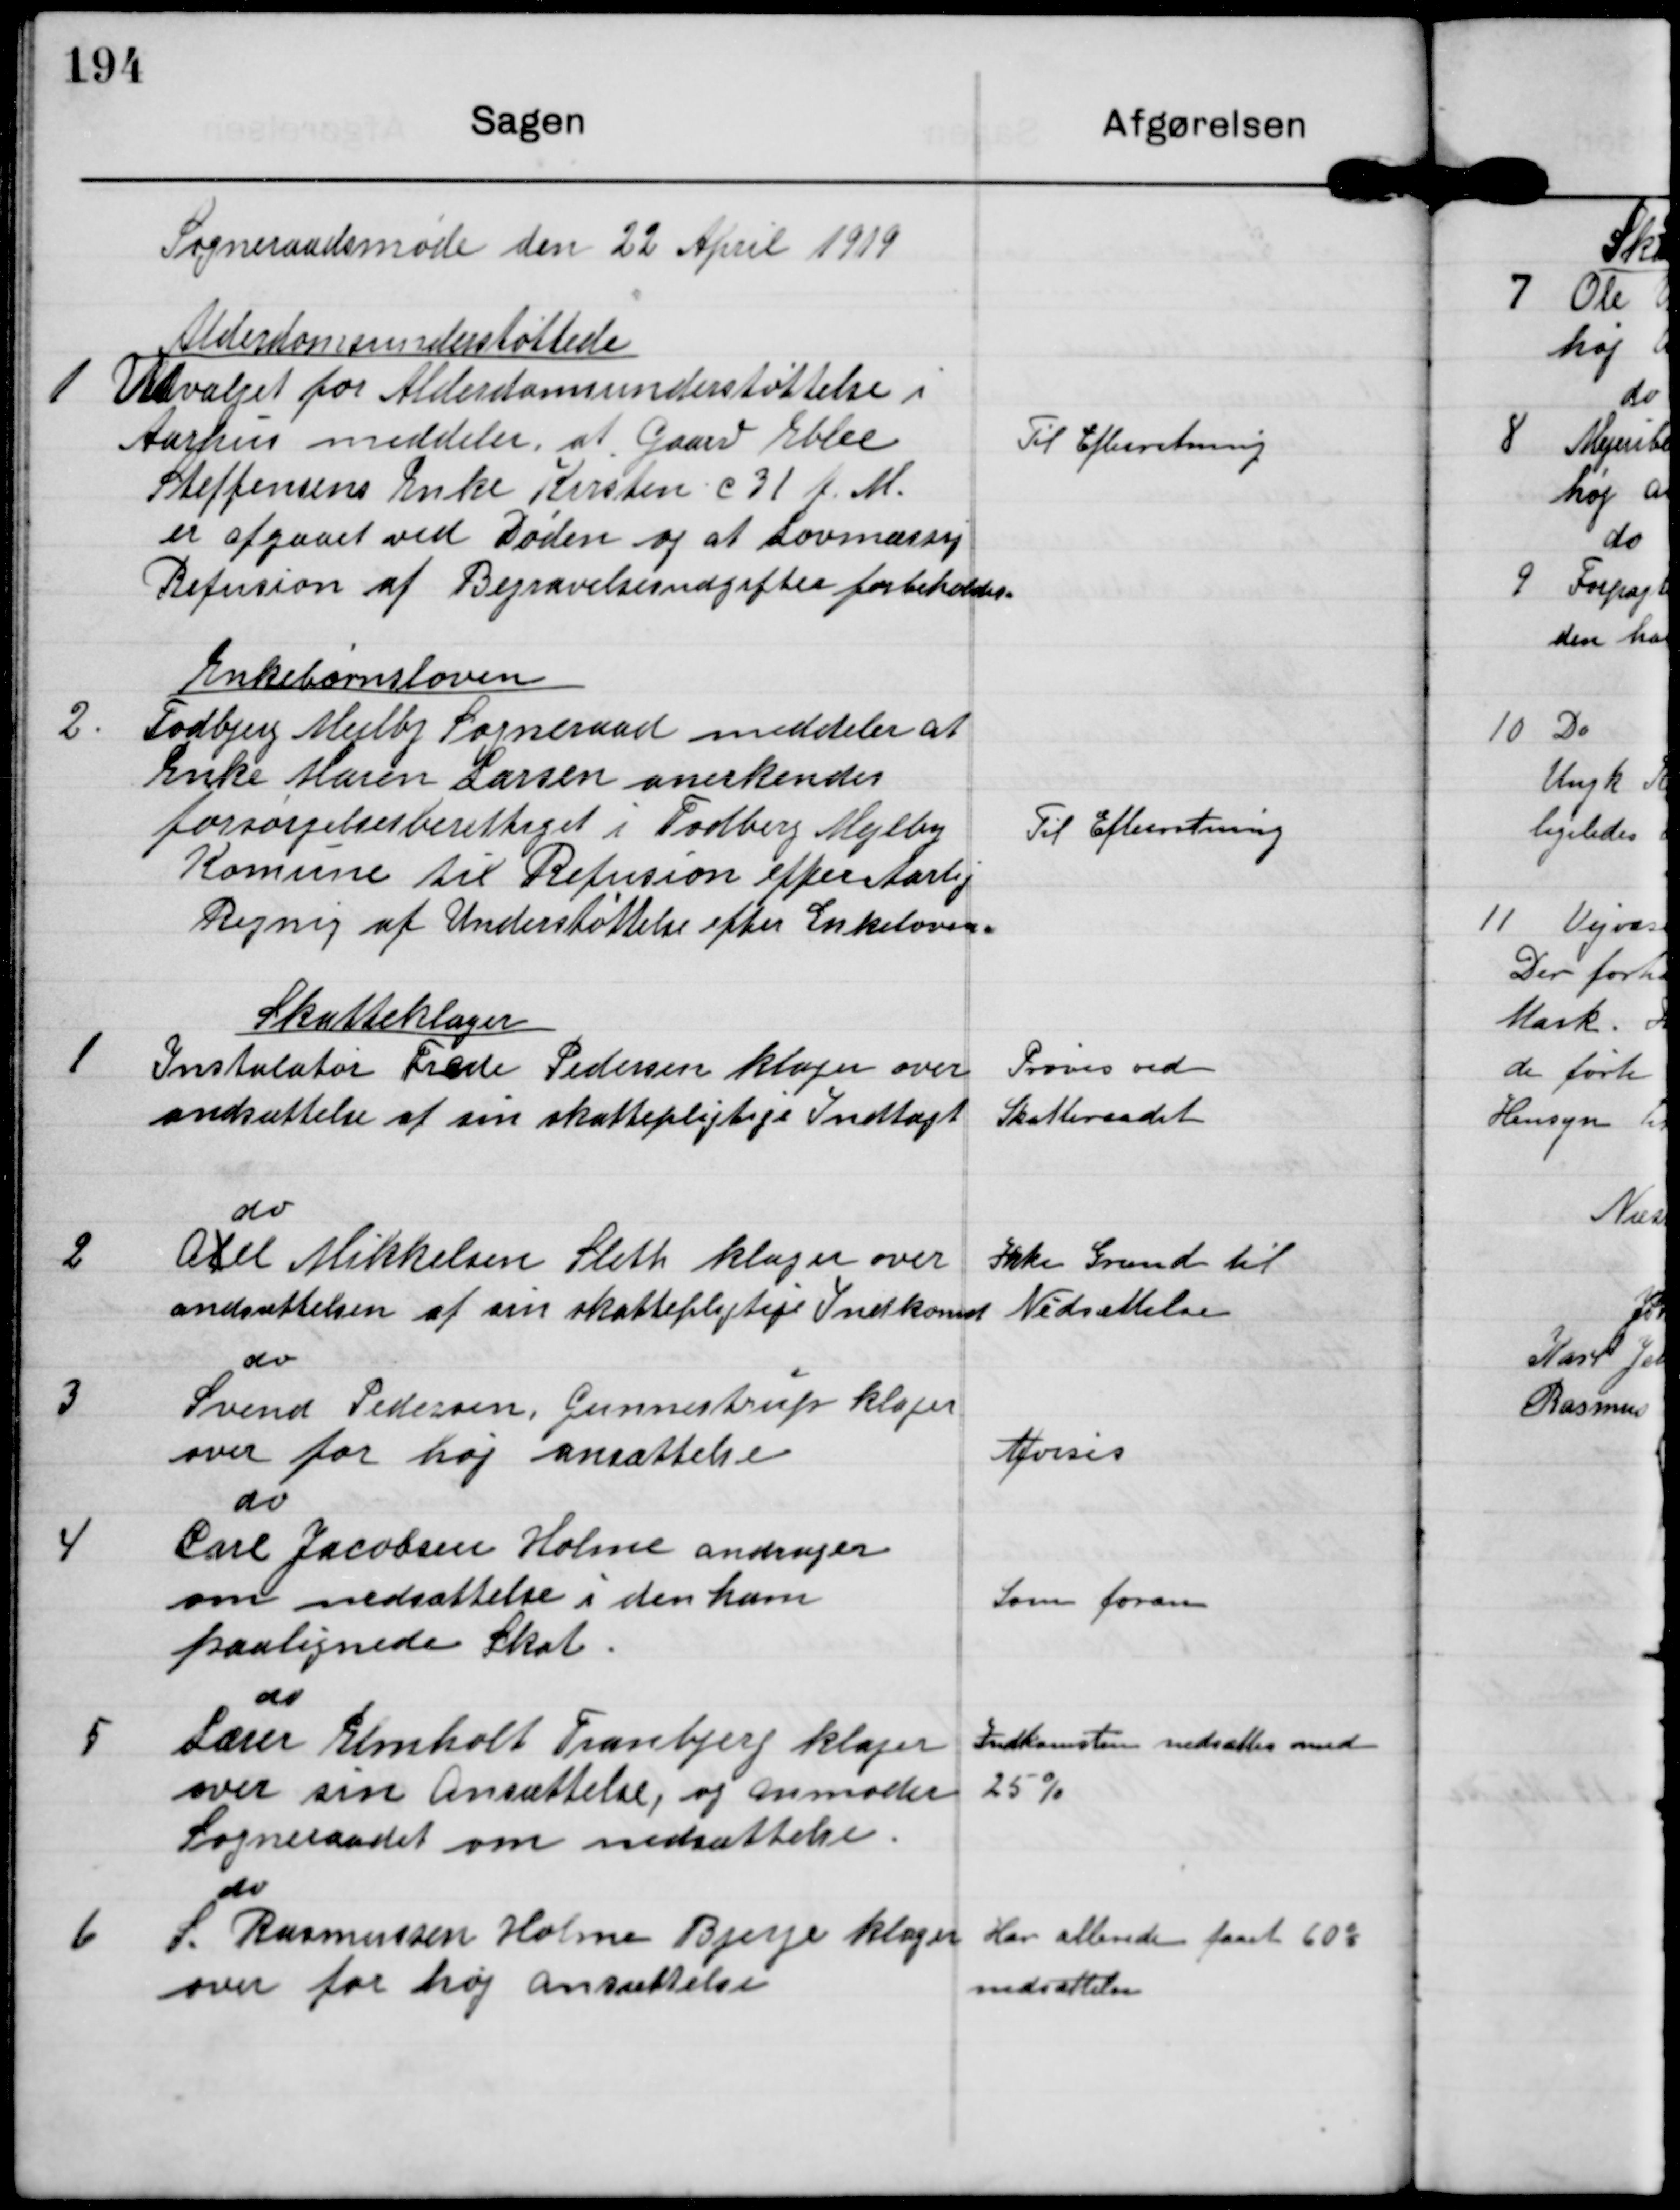
Transskription:
Sogneraadsmøde den 22 April 1919

1

Alderdomsunderstøttede
Udvalget for Alderdomsunderstøttelse i
Aarhus meddeler, at Gaard Ebbe
Steffensens Enke Kirsten d 31 f. M.
er afgaaet ved Døden og at Lovmæssig
Refusion af Begravelsesudgifter forbeholdes.

Til Efterretning

2.

Enkebørnsloven
Todbjerg Mejlby Sogneraad meddeler at
Enke Maren Larsen anerkendes
forsørgelsesberettiget i Todberg Mejlby
Kommune til Refusion efter Aarlig
Regning af Understøttelse efter Enkeloven.

Til Efterretning

1

Skatteklager
Instalatør Frede Pedersen klager over
andsættelse af sin skattepligtige Indtægt

Prøves ved
Skatteraadet

2

do
Axel Mikkelsen Sleth klager over
andsættelsen af sin skattepligtige Indkomst

Ikke Grund til
Nedsættelse

3

do
Svend Pedersen Gunnestrup klager
over for høj ansættelse

Afvises

4

do
Carl Jacobsen Holme andrager
om nedsættelse i den ham
paalignede Skat

Som foran

5

do
Lærer Elmholt Tranbjerg klager
over sin Ansættelse, og anmoder
Sogneraadet om nedsættelse.

Indkomsten nedsættes med
25%

6

do
S. Rasmussen Holme Bjerge klager
over for høj ansættelse

Har allerede faaet 60%
nedsættelse.